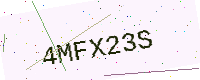
Text: 4MFX23S